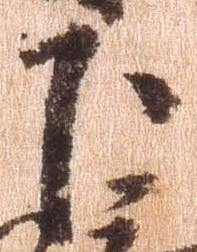
下